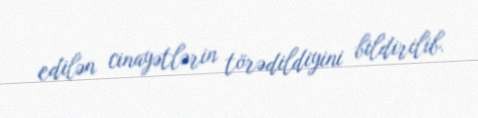
edilən cinayətlərin törədildiyini bildirilib.